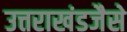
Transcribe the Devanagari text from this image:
उत्तराखंडजैसे